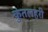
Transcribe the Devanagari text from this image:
कुंतलहरी